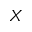
\boldsymbol { X }